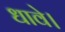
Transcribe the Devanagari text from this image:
धावे।